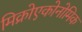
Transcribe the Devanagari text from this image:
मिक्रोएकोनोमिक